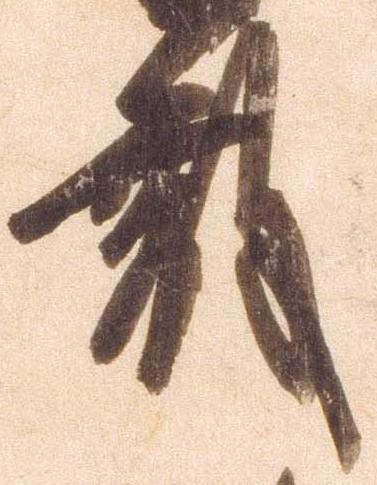
殿